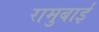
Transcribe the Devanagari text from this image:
रामुबाई